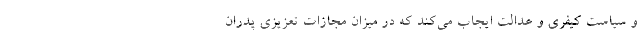
و سیاست کیفری و عدالت ایجاب می‌کند که در میزان مجازات تعزیزی پدران